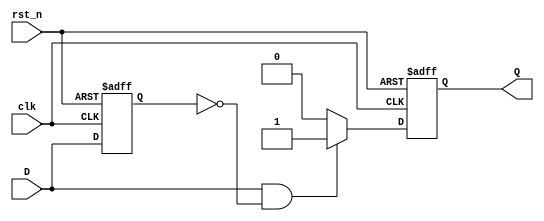
module positive_edge_detector (
    input wire clk,        // Clock signal
    input wire rst_n,     // Active low reset signal
    input wire D,         // Input signal to detect rising edge
    output reg Q          // Output pulse signal
);

    // Internal register to hold the previous state of the input signal
    reg D_prev;

    // Always block triggered on the rising edge of the clock
    always @(posedge clk or negedge rst_n) begin
        if (!rst_n) begin
            // Reset condition
            D_prev <= 1'b0; // Initialize previous state to 0
            Q <= 1'b0;      // Initialize output to 0
        end else begin
            // Rising edge detection logic
            if (D && !D_prev) begin
                Q <= 1'b1; // Set output high on rising edge
            end else begin
                Q <= 1'b0; // Reset output low otherwise
            end
            
            // Update previous state
            D_prev <= D;
        end
    end

endmodule